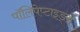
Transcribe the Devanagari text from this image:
पॉलिपेप्टाइड्स